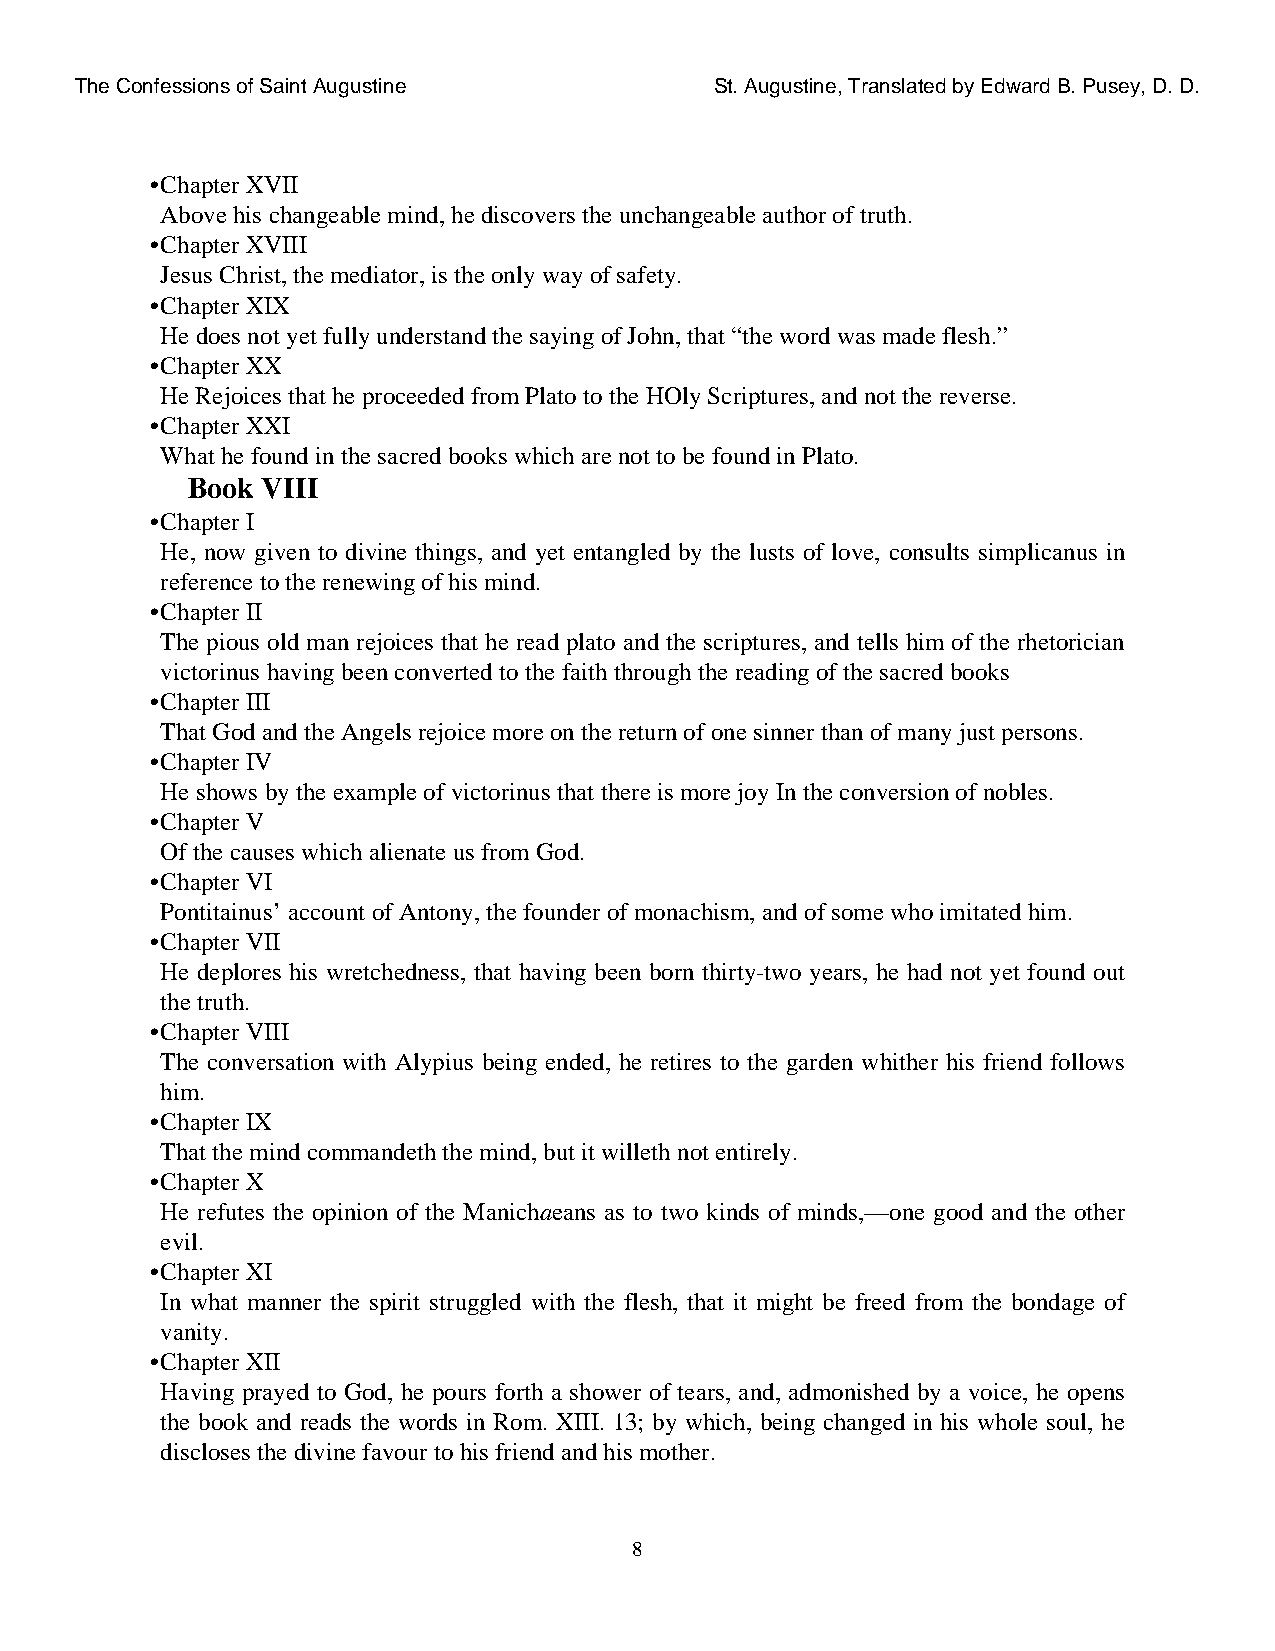
The Confessions of Saint Augustine        St. Augustine, Translated by Edward B. Pusey, D. D.
 •Chapter XVII
 Above his changeable mind, he discovers the unchangeable author of truth.
 •Chapter XVIII
 Jesus Christ, the mediator, is the only way of safety.
 •Chapter XIX
 He does not yet fully understand the saying of John, that “the word was made flesh.”
 •Chapter XX
 He Rejoices that he proceeded from Plato to the HOly Scriptures, and not the reverse.
 •Chapter XXI
 What he found in the sacred books which are not to be found in Plato.
 Book VIII
 •Chapter I
 He, now given to divine things, and yet entangled by the lusts of love, consults simplicanus in
 reference to the renewing of his mind.
 •Chapter II
 The pious old man rejoices that he read plato and the scriptures, and tells him of the rhetorician
 victorinus having been converted to the faith through the reading of the sacred books
 •Chapter III
 That God and the Angels rejoice more on the return of one sinner than of many just persons.
 •Chapter IV
 He shows by the example of victorinus that there is more joy In the conversion of nobles.
 •Chapter V
 Of the causes which alienate us from God.
 •Chapter VI
 Pontitainus’ account of Antony, the founder of monachism, and of some who imitated him.
 •Chapter VII
 He deplores his wretchedness, that having been born thirty-two years, he had not yet found out
 the truth.
 •Chapter VIII
 The conversation with Alypius being ended, he retires to the garden whither his friend follows
 him.
 •Chapter IX
 That the mind commandeth the mind, but it willeth not entirely.
 •Chapter X
 He refutes the opinion of the Manichaeans as to two kinds of minds,—one good and the other
 evil.
 •Chapter XI
 In what manner the spirit struggled with the flesh, that it might be freed from the bondage of
 vanity.
 •Chapter XII
 Having prayed to God, he pours forth a shower of tears, and, admonished by a voice, he opens
 the book and reads the words in Rom. XIII. 13; by which, being changed in his whole soul, he
 discloses the divine favour to his friend and his mother.
 8